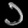
Digit: ၁